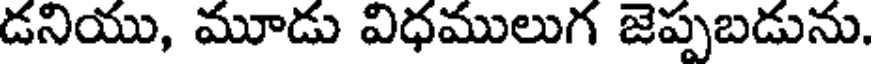
డనియు, మూడు విధములుగ జెప్పబడును.